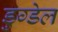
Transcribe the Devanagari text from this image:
डुग्डेल